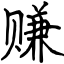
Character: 赚